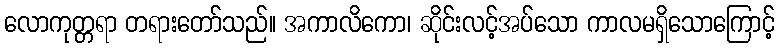
လောကုတ္တရာ တရားတော်သည်။ အကာလိကော၊ ဆိုင်းလင့်အပ်သော ကာလမရှိသောကြောင့်